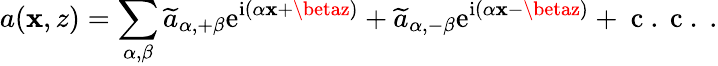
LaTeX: a(\mathbf{x},z)=\sum_{\alpha,\beta}\widetilde{{a}}_{\alpha,+\beta}\mathrm{{e}}^{\mathrm{{i}}(\alpha\mathbf{x}+\betaz)}+\widetilde{{a}}_{\alpha,-\beta}\mathrm{{e}}^{\mathrm{{i}}(\alpha\mathbf{x}-\betaz)}+\mathrm{{~c~.~c~.~}}.